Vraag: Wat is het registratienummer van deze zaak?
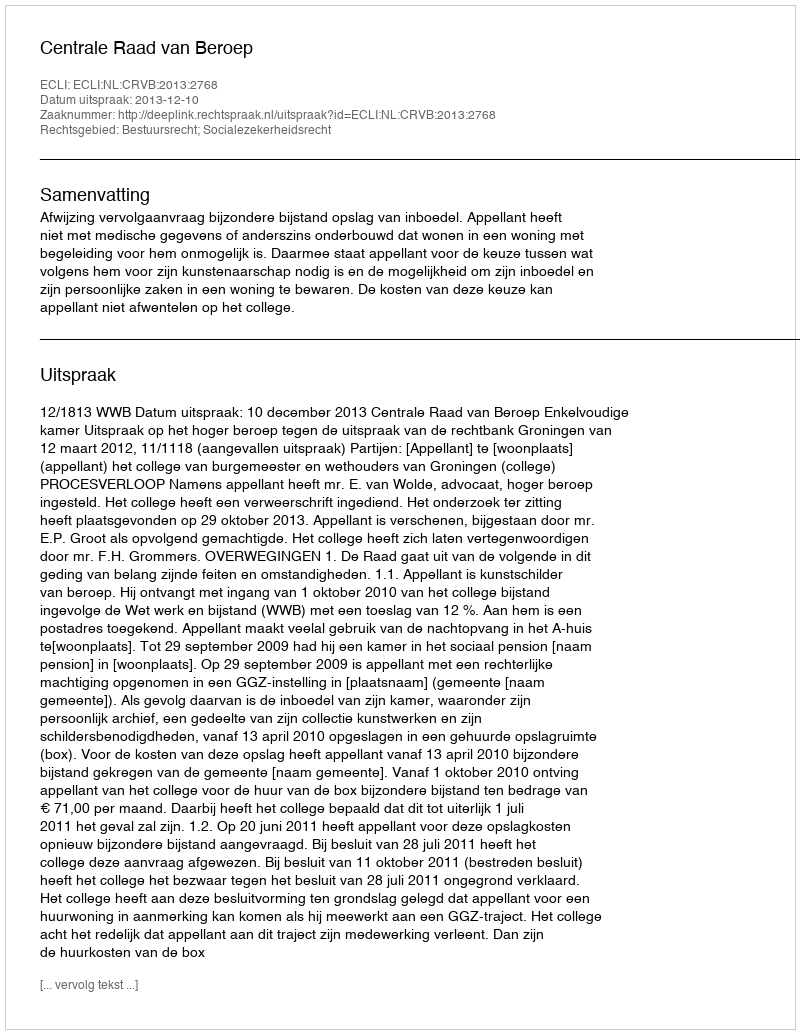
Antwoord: http://deeplink.rechtspraak.nl/uitspraak?id=ECLI:NL:CRVB:2013:2768